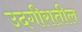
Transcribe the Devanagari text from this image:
उदगीरातील